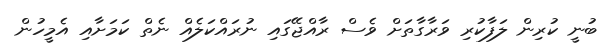
ބުނީ ކުރިން ލަފާކުރި ވަރާގާތަށް ވެސް ރާއްޖޭގައި ނުރައްކަލެއް ނެތް ކަމަށާއި އެމީހުން